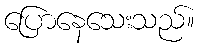
ပြောနေသေးသည်။